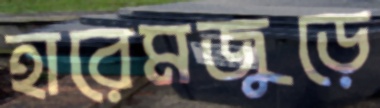
হারেমজুড়ে